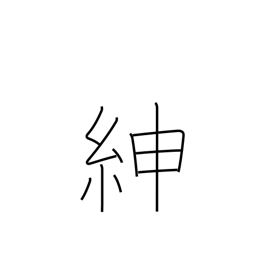
Meaning: good belt